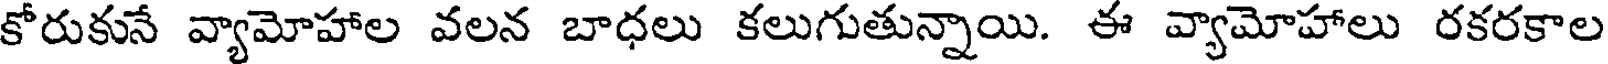
కోరుకునే వ్యామోహాల వలన బాధలు కలుగుతున్నాయి. ఈ వ్యామోహాలు రకరకాల